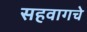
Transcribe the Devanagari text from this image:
सहवागचे